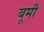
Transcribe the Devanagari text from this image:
बूमी